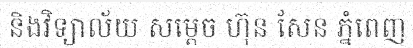
និងវិទ្យាល័យ សម្តេច ហ៊ុន សែន ភ្នំពេញ